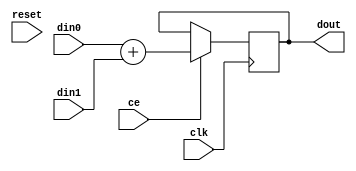
// ==============================================================
// File generated by AutoPilot - High-Level Synthesis System (C, C++, SystemC)
// Version: 2010.01.dev
// Copyright (C) :2006-2010 AutoESL Design Technologies, Inc.
// 
// ==============================================================

// vim:set tw=0 ts=8 sw=8 et:

// -------------------------------------------------------------------------------
// -- Add.
// -------------------------------------------------------------------------------
module AESL_Add
#(
parameter
        NUM_STAGE       =       2,
        din0_WIDTH      =       32,
        din1_WIDTH      =       32,
        dout_WIDTH      =       32
)
(
        input                                   clk,
        input                                   reset,
        input                                   ce,
        input           [din0_WIDTH-1:0]        din0,
        input           [din1_WIDTH-1:0]        din1,
        output  wire    [dout_WIDTH-1:0]        dout
);
generate
        if (NUM_STAGE==1)
        begin : comb
                assign  dout = din0 + din1;
        end
        else
        begin : buff
		integer i;
		reg [dout_WIDTH-1:0] dout_buff[NUM_STAGE-2:0];
                assign  dout = dout_buff[NUM_STAGE-2];
		always @(posedge clk)
		begin
			if (ce)
			begin
				for (i=0;i<NUM_STAGE-1;i=i+1)
				begin
					if (i==0)
						dout_buff[i] <= din0 + din1;
					else
						dout_buff[i] <= dout_buff[i-1];
				end
			end
		end
        end
endgenerate

endmodule

// -------------------------------------------------------------------------------
// -- Sub.
// -------------------------------------------------------------------------------
module AESL_Sub
#(
parameter
        NUM_STAGE       =       2,
        din0_WIDTH      =       32,
        din1_WIDTH      =       32,
        dout_WIDTH      =       32
)
(
        input                                   clk,
        input                                   reset,
        input                                   ce,
        input           [din0_WIDTH-1:0]        din0,
        input           [din1_WIDTH-1:0]        din1,
        output  wire    [dout_WIDTH-1:0]        dout
);
generate
        if (NUM_STAGE==1)
        begin : comb
                assign  dout = din0 - din1;
        end
        else
        begin : buff
		integer i;
		reg [dout_WIDTH-1:0] dout_buff[NUM_STAGE-2:0];
                assign  dout = dout_buff[NUM_STAGE-2];
		always @(posedge clk)
		begin
			if (ce)
			begin
				for (i=0;i<NUM_STAGE-1;i=i+1)
				begin
					if (i==0)
						dout_buff[i] <= din0 - din1;
					else
						dout_buff[i] <= dout_buff[i-1];
				end
			end
		end
        end
endgenerate

endmodule

// -------------------------------------------------------------------------------
// -- Mul.
// -------------------------------------------------------------------------------
module AESL_Mul_ss
#(
parameter
        NUM_STAGE       =       2,
        din0_WIDTH      =       32,
        din1_WIDTH      =       32,
        dout_WIDTH      =       32
)
(
        input                                   clk,
        input                                   reset,
        input                                   ce,
        input           [din0_WIDTH-1:0]        din0,
        input           [din1_WIDTH-1:0]        din1,
        output  wire    [dout_WIDTH-1:0]        dout
);
wire signed [din0_WIDTH:0] a;
wire signed [din1_WIDTH:0] b;
assign a = {din0[din0_WIDTH-1], din0};
assign b = {din1[din1_WIDTH-1], din1};
generate
        if (NUM_STAGE==1)
        begin : comb
                assign  dout = a * b;
        end
        else
        begin : buff
		integer i;
		reg [dout_WIDTH-1:0] dout_buff[NUM_STAGE-2:0];
                assign  dout = dout_buff[NUM_STAGE-2];
		always @(posedge clk)
		begin
			if (ce)
			begin
				for (i=0;i<NUM_STAGE-1;i=i+1)
				begin
					if (i==0)
						dout_buff[i] <= a * b;
					else
						dout_buff[i] <= dout_buff[i-1];
				end
			end
		end
        end
endgenerate

endmodule

module AESL_Mul_us
#(
parameter
        NUM_STAGE       =       2,
        din0_WIDTH      =       32,
        din1_WIDTH      =       32,
        dout_WIDTH      =       32
)
(
        input                                   clk,
        input                                   reset,
        input                                   ce,
        input           [din0_WIDTH-1:0]        din0,
        input           [din1_WIDTH-1:0]        din1,
        output  wire    [dout_WIDTH-1:0]        dout
);
wire signed [din0_WIDTH:0] a;
wire signed [din1_WIDTH:0] b;
assign a = {1'b0,               din0};
assign b = {din1[din1_WIDTH-1], din1};
generate
        if (NUM_STAGE==1)
        begin : comb
                assign  dout = a * b;
        end
        else
        begin : buff
		integer i;
		reg [dout_WIDTH-1:0] dout_buff[NUM_STAGE-2:0];
                assign  dout = dout_buff[NUM_STAGE-2];
		always @(posedge clk)
		begin
			if (ce)
			begin
				for (i=0;i<NUM_STAGE-1;i=i+1)
				begin
					if (i==0)
						dout_buff[i] <= a * b;
					else
						dout_buff[i] <= dout_buff[i-1];
				end
			end
		end
        end
endgenerate

endmodule

module AESL_Mul_su
#(
parameter
        NUM_STAGE       =       2,
        din0_WIDTH      =       32,
        din1_WIDTH      =       32,
        dout_WIDTH      =       32
)
(
        input                                   clk,
        input                                   reset,
        input                                   ce,
        input           [din0_WIDTH-1:0]        din0,
        input           [din1_WIDTH-1:0]        din1,
        output  wire    [dout_WIDTH-1:0]        dout
);
wire signed [din0_WIDTH:0] a;
wire signed [din1_WIDTH:0] b;
assign a = {din0[din0_WIDTH-1], din0};
assign b = {1'b0              , din1};
generate
        if (NUM_STAGE==1)
        begin : comb
                assign  dout = a * b;
        end
        else
        begin : buff
		integer i;
		reg [dout_WIDTH-1:0] dout_buff[NUM_STAGE-2:0];
                assign  dout = dout_buff[NUM_STAGE-2];
		always @(posedge clk)
		begin
			if (ce)
			begin
				for (i=0;i<NUM_STAGE-1;i=i+1)
				begin
					if (i==0)
						dout_buff[i] <= a * b;
					else
						dout_buff[i] <= dout_buff[i-1];
				end
			end
		end
        end
endgenerate

endmodule

module AESL_Mul_uu
#(
parameter
        NUM_STAGE       =       2,
        din0_WIDTH      =       32,
        din1_WIDTH      =       32,
        dout_WIDTH      =       32
)
(
        input                                   clk,
        input                                   reset,
        input                                   ce,
        input           [din0_WIDTH-1:0]        din0,
        input           [din1_WIDTH-1:0]        din1,
        output  wire    [dout_WIDTH-1:0]        dout
);
generate
        if (NUM_STAGE==1)
        begin : comb
                assign  dout = din0 * din1;
        end
        else
        begin : buff
		integer i;
		reg [dout_WIDTH-1:0] dout_buff[NUM_STAGE-2:0];
                assign  dout = dout_buff[NUM_STAGE-2];
		always @(posedge clk)
		begin
			if (ce)
			begin
				for (i=0;i<NUM_STAGE-1;i=i+1)
				begin
					if (i==0)
						dout_buff[i] <= din0 * din1;
					else
						dout_buff[i] <= dout_buff[i-1];
				end
			end
		end
        end
endgenerate

endmodule

// -------------------------------------------------------------------------------
// -- SDivide.
// -------------------------------------------------------------------------------
module AESL_sdiv
#(
parameter
        NUM_STAGE       =       2,
        din0_WIDTH      =       32,
        din1_WIDTH      =       32,
        dout_WIDTH      =       32
)
(
        input                                   clk,
        input                                   reset,
        input                                   ce,
        input           [din0_WIDTH-1:0]        din0,
        input           [din1_WIDTH-1:0]        din1,
        output  wire    [dout_WIDTH-1:0]        dout
);
wire signed [din0_WIDTH:0] a;
wire signed [din1_WIDTH:0] b;
assign a = {din0[din0_WIDTH-1], din0};
assign b = {din1[din1_WIDTH-1], din1};
generate
        if (NUM_STAGE==1)
        begin : comb
                assign  dout = a / b;
        end
        else
        begin : buff
		integer i;
		reg [dout_WIDTH-1:0] dout_buff[NUM_STAGE-2:0];
                assign  dout = dout_buff[NUM_STAGE-2];
		always @(posedge clk)
		begin
			if (ce)
			begin
				for (i=0;i<NUM_STAGE-1;i=i+1)
				begin
					if (i==0)
						dout_buff[i] <= a / b;
					else
						dout_buff[i] <= dout_buff[i-1];
				end
			end
		end
        end
endgenerate

endmodule

//-------------------------------------------------------------------------------
//-- UDivide.
//-------------------------------------------------------------------------------
module AESL_udiv
#(
parameter
        NUM_STAGE       =       2,
        din0_WIDTH      =       32,
        din1_WIDTH      =       32,
        dout_WIDTH      =       32
)
(
        input                                   clk,
        input                                   reset,
        input                                   ce,
        input           [din0_WIDTH-1:0]        din0,
        input           [din1_WIDTH-1:0]        din1,
        output  wire    [dout_WIDTH-1:0]        dout
);
generate
        if (NUM_STAGE==1)
        begin : comb
                assign  dout = din0 / din1;
        end
        else
        begin : buff
		integer i;
		reg [dout_WIDTH-1:0] dout_buff[NUM_STAGE-2:0];
                assign  dout = dout_buff[NUM_STAGE-2];
		always @(posedge clk)
		begin
			if (ce)
			begin
				for (i=0;i<NUM_STAGE-1;i=i+1)
				begin
					if (i==0)
						dout_buff[i] <= din0 / din1;
					else
						dout_buff[i] <= dout_buff[i-1];
				end
			end
		end
        end
endgenerate

endmodule

// -------------------------------------------------------------------------------
// -- SRem
// -------------------------------------------------------------------------------
module AESL_srem
#(
parameter
        NUM_STAGE       =       2,
        din0_WIDTH      =       32,
        din1_WIDTH      =       32,
        dout_WIDTH      =       32
)
(
        input                                   clk,
        input                                   reset,
        input                                   ce,
        input           [din0_WIDTH-1:0]        din0,
        input           [din1_WIDTH-1:0]        din1,
        output  wire    [dout_WIDTH-1:0]        dout
);
wire signed [din0_WIDTH:0] a;
wire signed [din1_WIDTH:0] b;
assign a = {din0[din0_WIDTH-1], din0};
assign b = {din1[din1_WIDTH-1], din1};
generate
        if (NUM_STAGE==1)
        begin : comb
                assign  dout = a % b;
        end
        else
        begin : buff
		integer i;
		reg [dout_WIDTH-1:0] dout_buff[NUM_STAGE-2:0];
                assign  dout = dout_buff[NUM_STAGE-2];
		always @(posedge clk)
		begin
			if (ce)
			begin
				for (i=0;i<NUM_STAGE-1;i=i+1)
				begin
					if (i==0)
						dout_buff[i] <= a % b;
					else
						dout_buff[i] <= dout_buff[i-1];
				end
			end
		end
        end
endgenerate

endmodule


// -------------------------------------------------------------------------------
// -- URem
// -------------------------------------------------------------------------------
module AESL_urem
#(
parameter
        NUM_STAGE       =       2,
        din0_WIDTH      =       32,
        din1_WIDTH      =       32,
        dout_WIDTH      =       32
)
(
        input                                   clk,
        input                                   reset,
        input                                   ce,
        input           [din0_WIDTH-1:0]        din0,
        input           [din1_WIDTH-1:0]        din1,
        output  wire    [dout_WIDTH-1:0]        dout
);
generate
        if (NUM_STAGE==1)
        begin : comb
                assign  dout = din0 % din1;
        end
        else
        begin : buff
		integer i;
		reg [dout_WIDTH-1:0] dout_buff[NUM_STAGE-2:0];
                assign  dout = dout_buff[NUM_STAGE-2];
		always @(posedge clk)
		begin
			if (ce)
			begin
				for (i=0;i<NUM_STAGE-1;i=i+1)
				begin
					if (i==0)
						dout_buff[i] <= din0 % din1;
					else
						dout_buff[i] <= dout_buff[i-1];
				end
			end
		end
        end
endgenerate

endmodule

// -------------------------------------------------------------------------------
// -- SDiv/SRem
// -------------------------------------------------------------------------------
module AESL_sdivsrem
#(
parameter
        NUM_STAGE       =       2,
        din0_WIDTH      =       32,
        din1_WIDTH      =       32,
        dout_WIDTH      =       32
)
(
        input                                   clk,
        input                                   reset,
        input                                   ce,
        input                                   opcode,
        input           [din0_WIDTH-1:0]        din0,
        input           [din1_WIDTH-1:0]        din1,
        output  wire    [dout_WIDTH-1:0]        dout
);
wire signed [din0_WIDTH:0] a;
wire signed [din1_WIDTH:0] b;
assign a = {din0[din0_WIDTH-1], din0};
assign b = {din1[din1_WIDTH-1], din1};
generate
        if (NUM_STAGE==1)
        begin : comb
                assign  dout = opcode? a % b :
                                       a / b;
        end
        else
        begin : buff
		integer i;
		reg [dout_WIDTH-1:0] dout_buff[NUM_STAGE-2:0];
                assign  dout = dout_buff[NUM_STAGE-2];
		always @(posedge clk)
		begin
			if (ce)
			begin
				for (i=0;i<NUM_STAGE-1;i=i+1)
				begin
					if (i==0)
                                                dout_buff[i] <= opcode? a % b :
                                                                        a / b;
					else
						dout_buff[i] <= dout_buff[i-1];
				end
			end
		end
        end
endgenerate

endmodule

// -------------------------------------------------------------------------------
// -- UDiv/URem
// -------------------------------------------------------------------------------
module AESL_udivurem
#(
parameter
        NUM_STAGE       =       2,
        din0_WIDTH      =       32,
        din1_WIDTH      =       32,
        dout_WIDTH      =       32
)
(
        input                                   clk,
        input                                   reset,
        input                                   ce,
        input                                   opcode,
        input           [din0_WIDTH-1:0]        din0,
        input           [din1_WIDTH-1:0]        din1,
        output  wire    [dout_WIDTH-1:0]        dout
);
generate
        if (NUM_STAGE==1)
        begin : comb
                assign  dout = opcode? din0 % din1 :
                                       din0 / din1;
        end
        else
        begin : buff
		integer i;
		reg [dout_WIDTH-1:0] dout_buff[NUM_STAGE-2:0];
                assign  dout = dout_buff[NUM_STAGE-2];
		always @(posedge clk)
		begin
			if (ce)
			begin
				for (i=0;i<NUM_STAGE-1;i=i+1)
				begin
					if (i==0)
                                                dout_buff[i] <= opcode? din0 % din1 :
                                                                        din0 / din1;
					else
						dout_buff[i] <= dout_buff[i-1];
				end
			end
		end
        end
endgenerate

endmodule